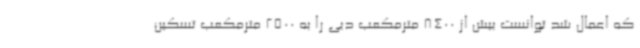
که اعمال شد توانست بیش از 8400 مترمکعب دبی را به 2500 مترمکعب تسکین